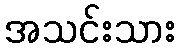
အသင်းသား